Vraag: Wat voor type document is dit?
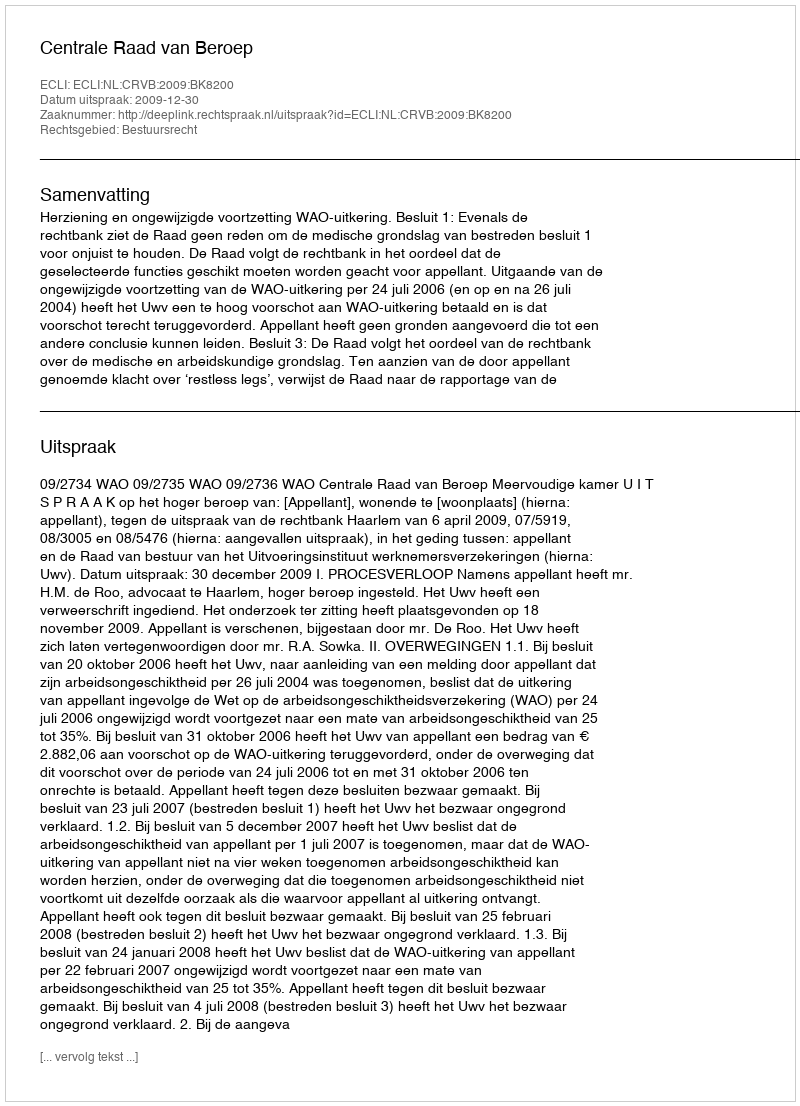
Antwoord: Uitspraak